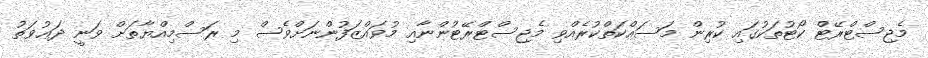
މެޖިސްޓްރޭޓް ކޯޓުތަކުގައި ކުރިން މަސައްކަތްކުރެއްވި މެޖިސްޓްރޭޓުންނާއި މުވައްޒަފުންނަށްވެސް މި ރަސްމިއްޔާތަށް ވަނީ ދަޢުވަތު